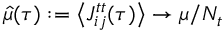
\hat { \mu } ( \tau ) : = \big \langle J _ { i j } ^ { t t } ( \tau ) \big \rangle \rightarrow \mu / N _ { t }